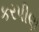
કરપીણ